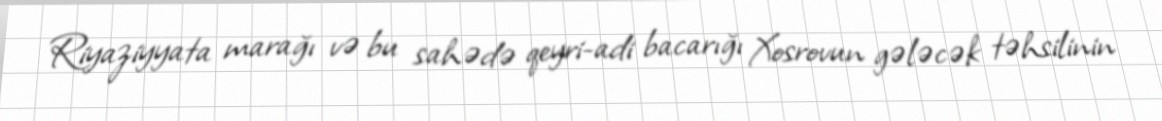
Riyaziyyata marağı və bu sahədə qeyri-adi bacarığı Xosrovun gələcək təhsilinin